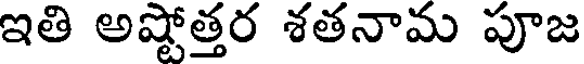
ఇతి అష్టోత్తర శతనామ పూజ